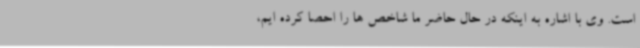
است. وی با اشاره به اینکه در حال حاضر ما شاخص ها را احصا کرده ایم،